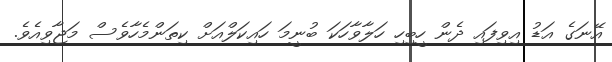
އޭނަގެ އަޑު އިވިފައި ދެން ހީބިހި ހަލާވާހަކަ ބުނީމަ ހައިކަލްއަށް ކިތަންމެހާވެސް މަޖާވިއެވެ.